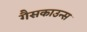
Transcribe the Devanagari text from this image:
गैसकाउन्स